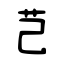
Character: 芑